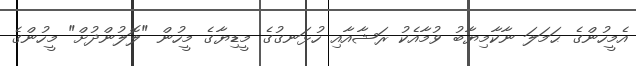
އެމީހުންގެ ޙަމަލަ ނާކާމިޔާބު ވުމާއެކު ރަޝާއާއި ހުޅަނގުގެ މީޑިޔާގެ މީހުން "ލޮލުންދުށް" މީހުންގެ